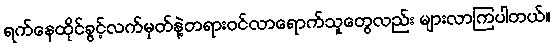
ရက်နေထိုင်ခွင့်လက်မှတ်နဲ့တရားဝင်လာရောက်သူတွေလည်း များလာကြပါတယ်။